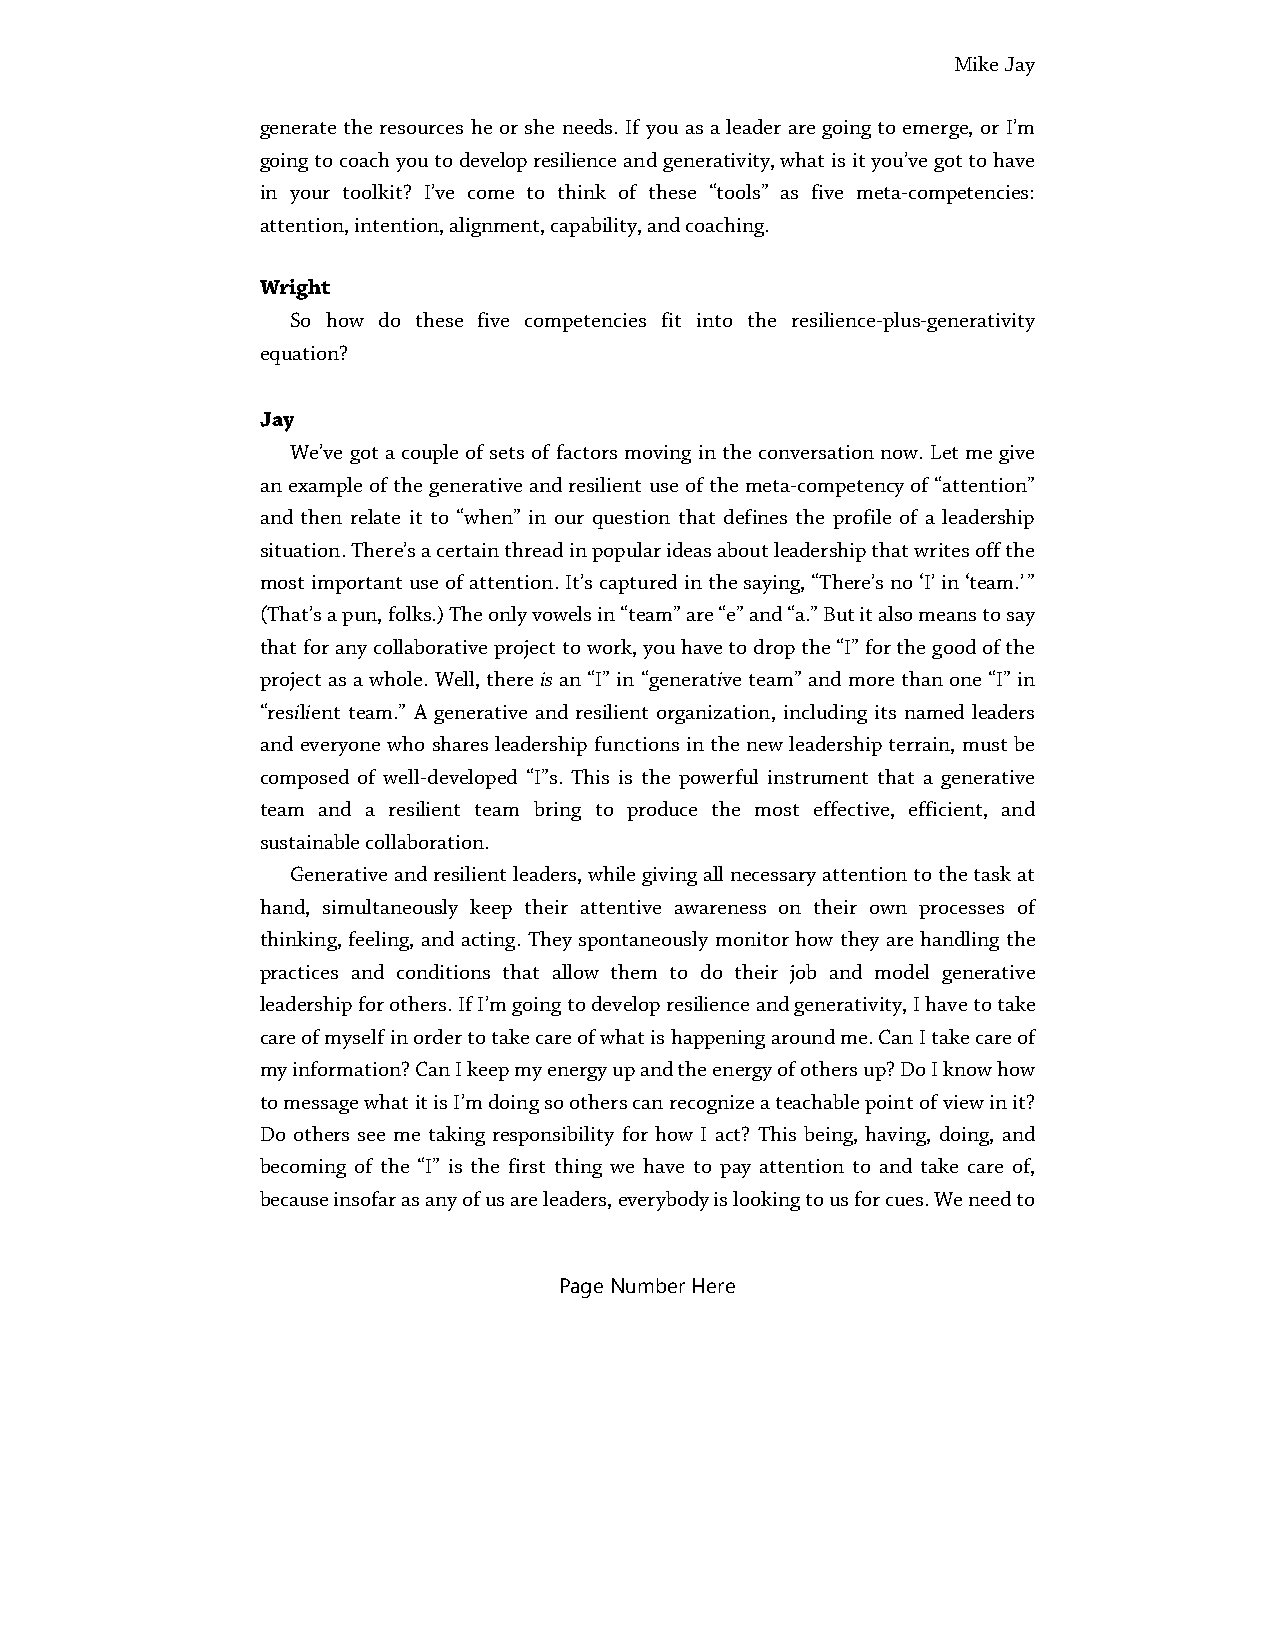
Mike Jay
 generate the resources he or she needs. If you as a leader are going to emerge, or I’m
 going to coach you to develop resilience and generativity, what is it you’ve got to have
 in your toolkit? I’ve come to think of these “tools” as five meta-competencies:
 attention, intention, alignment, capability, and coaching.
 Wright
 So how do these five competencies fit into the resilience-plus-generativity
 equation?
 Jay
 We’ve got a couple of sets of factors moving in the conversation now. Let me give
 an example of the generative and resilient use of the meta-competency of “attention”
 and then relate it to “when” in our question that defines the profile of a leadership
 situation. There’s a certain thread in popular ideas about leadership that writes off the
 most important use of attention. It’s captured in the saying, “There’s no ‘I’ in ‘team.’ ”
 (That’s a pun, folks.) The only vowels in “team” are “e” and “a.” But it also means to say
 that for any collaborative project to work, you have to drop the “I” for the good of the
 project as a whole. Well, there is an “I” in “generative team” and more than one “I” in
 “resilient team.” A generative and resilient organization, including its named leaders
 and everyone who shares leadership functions in the new leadership terrain, must be
 composed of well-developed “I”s. This is the powerful instrument that a generative
 team and a resilient team bring to produce the most effective, efficient, and
 sustainable collaboration.
 Generative and resilient leaders, while giving all necessary attention to the task at
 hand, simultaneously keep their attentive awareness on their own processes of
 thinking, feeling, and acting. They spontaneously monitor how they are handling the
 practices and conditions that allow them to do their job and model generative
 leadership for others. If I’m going to develop resilience and generativity, I have to take
 care of myself in order to take care of what is happening around me. Can I take care of
 my information? Can I keep my energy up and the energy of others up? Do I know how
 to message what it is I’m doing so others can recognize a teachable point of view in it?
 Do others see me taking responsibility for how I act? This being, having, doing, and
 becoming of the “I” is the first thing we have to pay attention to and take care of,
 because insofar as any of us are leaders, everybody is looking to us for cues. We need to
 Page Number Here